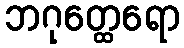
ဘဂုတ္ထေရော